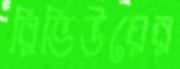
রিভিউয়ের